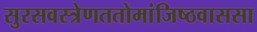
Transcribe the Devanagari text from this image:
सुरसवस्त्रेणततोमांजिष्ठवाससा